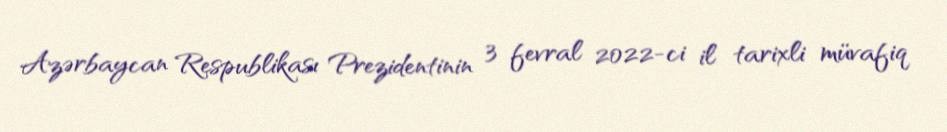
Azərbaycan Respublikası Prezidentinin 3 fevral 2022-ci il tarixli müvafiq